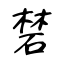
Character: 𥓙